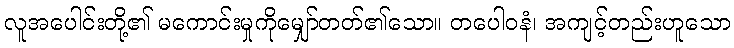
လူအပေါင်းတို့၏ မကောင်းမှုကိုမျှော်တတ်၏သော။ တပေါဝနံ၊ အကျင့်တည်းဟူသော